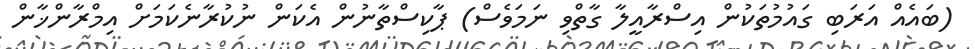
(ބައެއް އަރަބި ގައުމުތަކުން އިސްރާއީލާ ގާތްވި ނަމަވެސް) ޕާކިސްތާނުން އެކަން ނުކުރާނެކަމަށް އިމްރާންޚާން